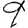
Digit: 9